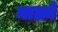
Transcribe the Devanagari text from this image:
माक्रो